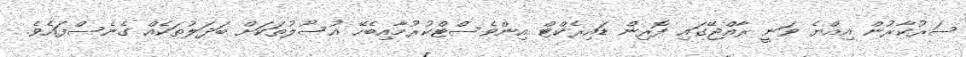
ސަރުކާރުން އިއްޔެ ވަނީ ރާއްޖޭގައި ފޮރިން ޑައިރެކްޓް އިންވެސްޓްކުރުމާއިބެހޭ އުސޫލުތަކަށް ބަދަލުތަކެއް ގެނެސްފައެވެ.